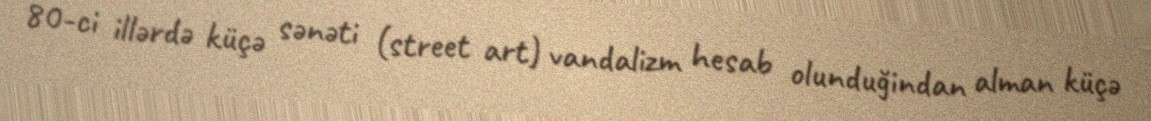
80-ci illərdə küçə sənəti (street art) vandalizm hesab olunduğindan alman küçə